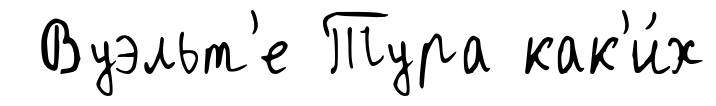
Вуэльт'е Тура как'и́х